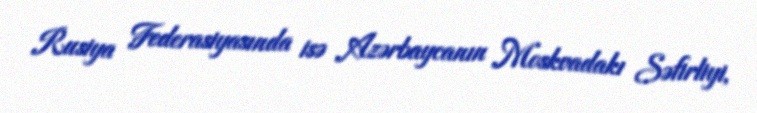
Rusiya Federasiyasında isə Azərbaycanın Moskvadakı Səfirliyi,